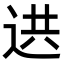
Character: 𨒱